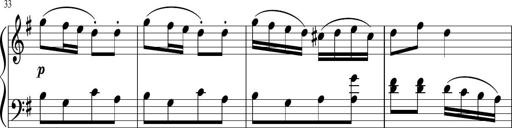
Title: 6 Progressive Sonatinas
Composer: Johann Anton AndrÃ©